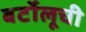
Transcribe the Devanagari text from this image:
बर्टोलूची